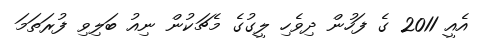
އެއީ 2011 ގެ ފަހުން ދިވެހި ލީގުގެ މެޗަކުން ނިއު ބަލިވި ފުރަތަމަ